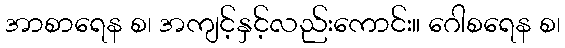
အာစာရေန စ၊ အကျင့်နှင့်လည်းကောင်း။ ဂေါစရေန စ၊